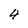
Character: 4